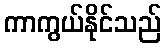
ကာကွယ်နိုင်သည်